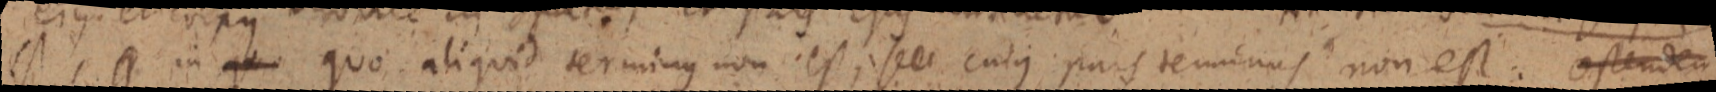
_, q in quo quo aliquid terminus non est, se cuius pars terminus non est. ostendem